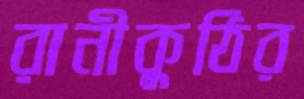
রানীকুঠির